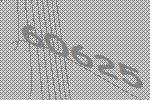
60625